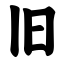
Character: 旧